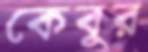
কেবুর